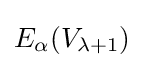
E_{\alpha }(V_{\lambda +1})